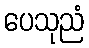
ပေသုညံ